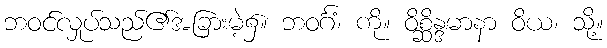
ဘဝင်လှုပ်သည်၏အခြားမဲ့၌။ ဘဝင်္ဂံ၊ ကို။ ဝိစ္ဆိန္ဒမာနာ ဝိယ၊ သို့။